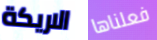
الاريكة فعلناها